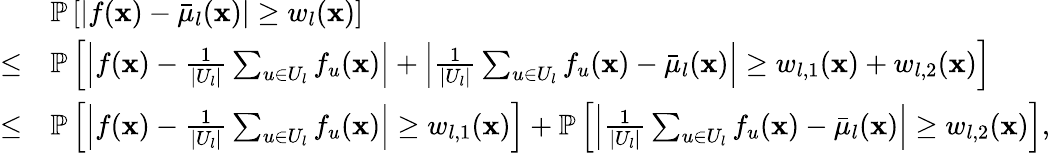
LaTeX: \begin{array}{rl}&{\mathbb{P}\left[|f(\mathbf{x})-\bar{\mu}_{l}(\mathbf{x})|\geq w_{l}(\mathbf{x})\right]}\\ {\leq}&{\mathbb{P}\left[\left|f(\mathbf{x})-\frac{1}{|U_{l}|}\sum_{u\in U_{l}}f_{u}(\mathbf{x})\right|+\left|\frac{1}{|U_{l}|}\sum_{u\in U_{l}}f_{u}(\mathbf{x})-\bar{\mu}_{l}(\mathbf{x})\right|\geq w_{l,1}(\mathbf{x})+w_{l,2}(\mathbf{x})\right]}\\ {\leq}&{\mathbb{P}\left[\left|f(\mathbf{x})-\frac{1}{|U_{l}|}\sum_{u\in U_{l}}f_{u}(\mathbf{x})\right|\geq w_{l,1}(\mathbf{x})\right]+\mathbb{P}\left[\left|\frac{1}{|U_{l}|}\sum_{u\in U_{l}}f_{u}(\mathbf{x})-\bar{\mu}_{l}(\mathbf{x})\right|\geq w_{l,2}(\mathbf{x})\right],}\end{array}